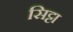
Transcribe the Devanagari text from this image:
सिट्टा